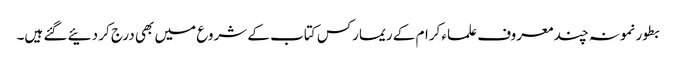
بطور نمونہ چند معروف علماء کرام کے ریمارکس کتاب کے شروع میں بھی درج کر دئیے گئے ہیں۔